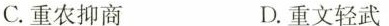
C.重农抑商 D.重文轻武